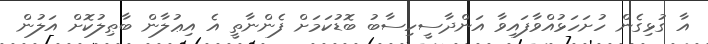
އާ ގުޅިގެން ހުށަހަޅުއްވާފައިވާ އަންދާސީހިސާބު ބޮޑުކަމަށް ފެންނާތީ އެ އިޢުލާން ބާޠިލުކޮށް އަލުން